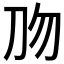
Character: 𰄡